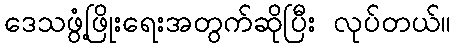
ဒေသဖွံ့ဖြိုးရေးအတွက်ဆိုပြီး လုပ်တယ်။